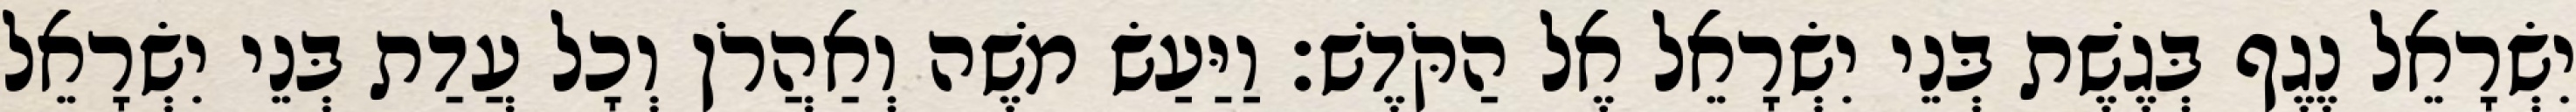
יִשְׂרָאֵל נֶגֶף בְּגֶשֶׁת בְּנֵי יִשְׂרָאֵל אֶל הַקֹּדֶשׁ׃ וַיַּעַשׂ משֶׁה וְאַהֲרֹן וְכָל עֲדַת בְּנֵי יִשְׂרָאֵל